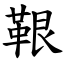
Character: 鞎